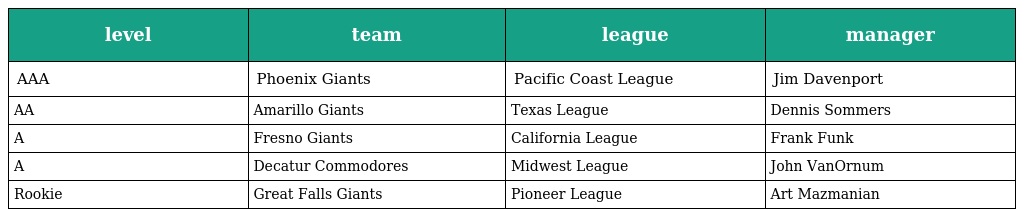
| level | team | league | manager |
 | --- | --- | --- | --- |
 | AAA | Phoenix Giants | Pacific Coast League | Jim Davenport |
 | AA | Amarillo Giants | Texas League | Dennis Sommers |
 | A | Fresno Giants | California League | Frank Funk |
 | A | Decatur Commodores | Midwest League | John VanOrnum |
 | Rookie | Great Falls Giants | Pioneer League | Art Mazmanian |